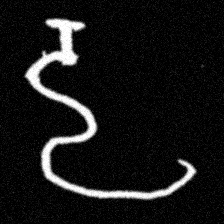
Pyu character \u2014 Myanmar letter: ဠ (romanized: lla)